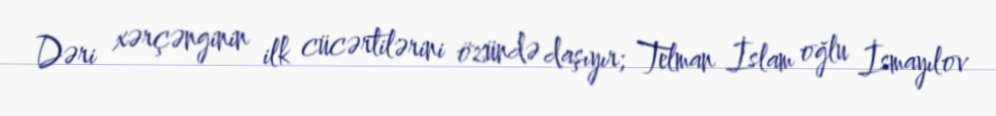
Dəri xərçənginin ilk cücərtilərini özündə daşıyır; Telman İslam oğlu İsmayılov